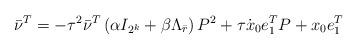
LaTeX: \begin{align*}\bar{\nu}^{T}=-\tau ^{2}\bar{\nu}^{T}\left( \alpha I_{2^{k}}+\beta \Lambda _{\bar{r}}\right) P^{2}+\tau \dot{x}_{0}e_{1}^{T}P+x_{0}e_{1}^{T} \end{align*}